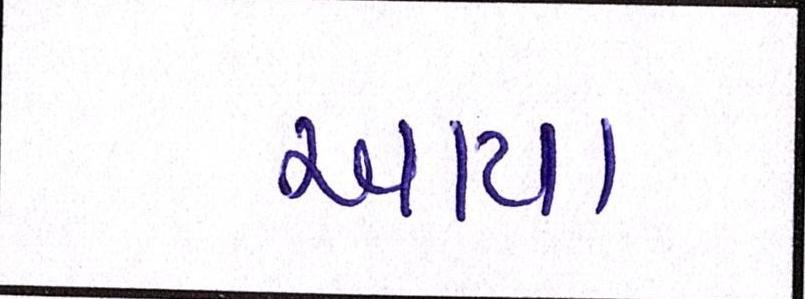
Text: આયા